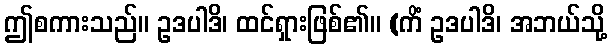
ဤစကားသည်။ ဥဒပါဒိ၊ ထင်ရှားဖြစ်၏။ (ကိံ ဥဒပါဒိ၊ အဘယ်သို့